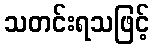
သတင်းရသဖြင့်